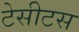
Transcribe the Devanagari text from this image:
टेसीटस